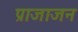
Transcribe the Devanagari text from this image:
प्राजाजन